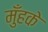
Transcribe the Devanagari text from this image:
मुँहके